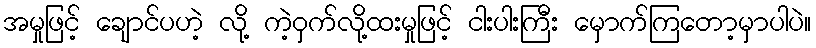
အမှုဖြင့် ချောင်ပဟဲ့ လို့ ကဲ့ဝှက်လို့ထးမှုဖြင့် ငါးပါးကြီး မှောက်ကြတော့မှာပါပဲ။